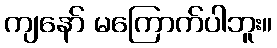
ကျနော် မကြောက်ပါဘူး။